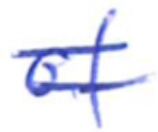
Text: of
Cross-out: mix
Writing tool: ballpoint